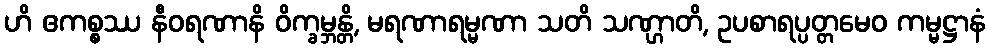
ဟိ ဧကစ္စဿ နီဝရဏာနိ ဝိက္ခမ္ဘန္တိ, မရဏာရမ္မဏာ သတိ သဏ္ဌာတိ, ဥပစာရပ္ပတ္တမေဝ ကမ္မဋ္ဌာနံ